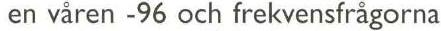
en våren -96 och frekvensfrågorna